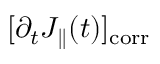
[ \partial _ { t } J _ { \parallel } ( t ) ] _ { \mathrm { c o r r } }